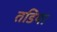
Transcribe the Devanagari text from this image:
तडिया